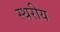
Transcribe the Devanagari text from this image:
स्थरीय